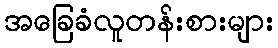
အခြေခံလူတန်းစားများ